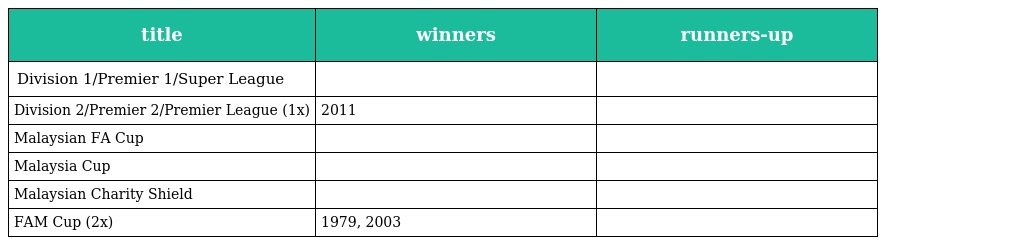
| title | winners | runners-up |
 | --- | --- | --- |
 | Division 1/Premier 1/Super League |  |  |
 | Division 2/Premier 2/Premier League (1x) | 2011 |  |
 | Malaysian FA Cup |  |  |
 | Malaysia Cup |  |  |
 | Malaysian Charity Shield |  |  |
 | FAM Cup (2x) | 1979, 2003 |  |